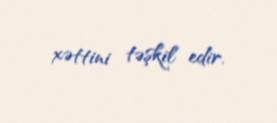
xəttini təşkil edir.